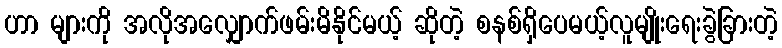
ဟာ များကို အလိုအလျှောက်ဖမ်းမိနိုင်မယ့် ဆိုတဲ့ စနစ်ရှိပေမယ့်လူမျိုးရေးခွဲခြားတဲ့